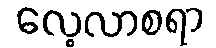
လေ့လာစရာ